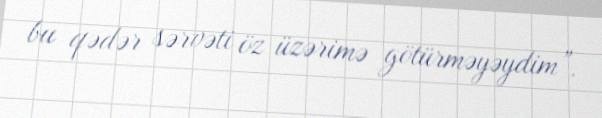
bu qədər sərvəti öz üzərimə götürməyəydim”.